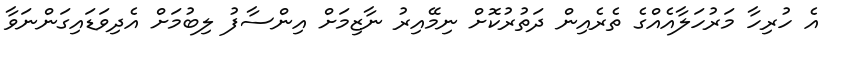
އެ ހުރިހާ މަރުހަލާއެއްގެ ތެރެއިން ދަތުރުކޮށް ނިމޭއިރު ނާޒިމަށް އިންސާފު ލިބުމަށް އެދިވަޑައިގަންނަވާ